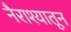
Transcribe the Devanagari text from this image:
नैराश्यातून